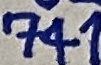
Text: 741